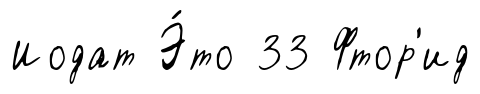
Иодат Э́то 33 Фтор'ид